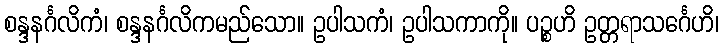
စန္ဒနင်္ဂလိကံ၊ စန္ဒနင်္ဂလိကမည်သော။ ဥပါသကံ၊ ဥပါသကာကို။ ပဉ္စဟိ ဥတ္တရာသင်္ဂေဟိ၊